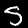
Digit: 5